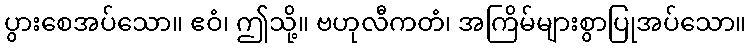
ပွားစေအပ်သော။ ဧဝံ၊ ဤသို့။ ဗဟုလီကတံ၊ အကြိမ်များစွာပြုအပ်သော။